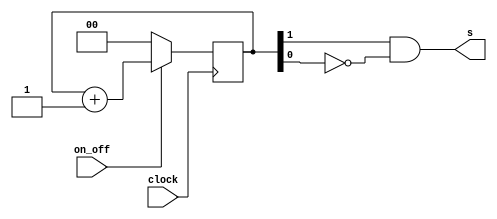
module tempo2seg(clock, on_off, s);

	input clock, on_off;
	output s;
	reg [1:0] bit;


	
	always @(posedge clock) begin
		if (!on_off) 
			bit <= 2'b00;
		else begin
			if (bit == 2'b10)
				bit <= 2'b00;
			bit <= bit + 1;
		end			
	end
	
	assign s = bit[1] && !bit[0];

endmodule